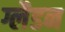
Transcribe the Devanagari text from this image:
ग्लैडन